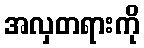
အလှတရားကို